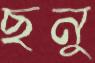
ছনু